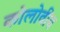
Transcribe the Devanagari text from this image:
कोलोवीय